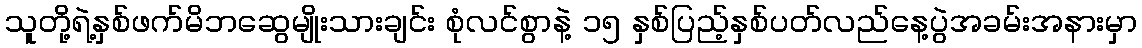
သူတို့ရဲ့နှစ်ဖက်မိဘဆွေမျိုးသားချင်း စုံလင်စွာနဲ့ ၁၅ နှစ်ပြည့်နှစ်ပတ်လည်နေ့ပွဲအခမ်းအနားမှာ